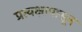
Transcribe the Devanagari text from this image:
प्रत्यक्षापासून